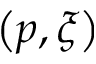
\left( p , \xi \right)